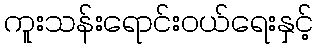
ကူးသန်းရောင်းဝယ်ရေးနှင့်